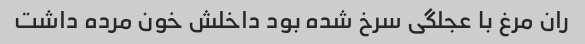
ران مرغ با عجلگی سرخ شده بود داخلش خون مرده داشت